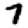
Digit: 7